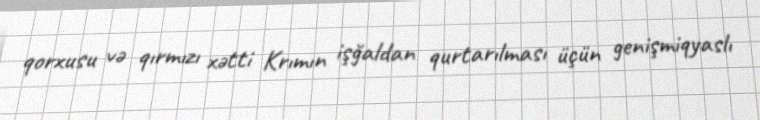
qorxusu və qırmızı xətti Krımın işğaldan qurtarılması üçün genişmiqyaslı